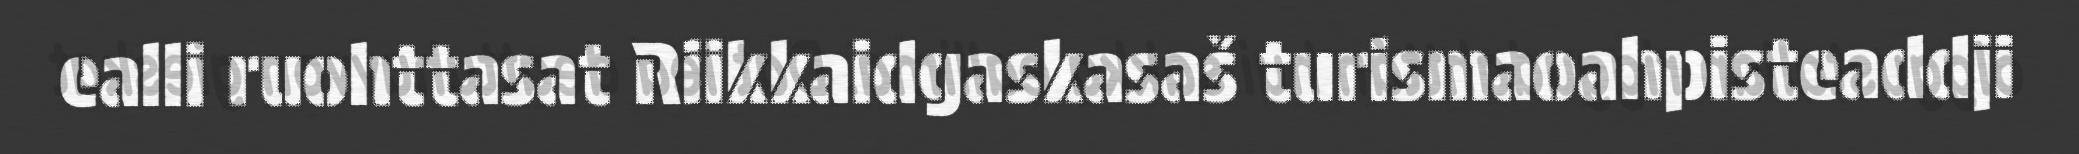
ealli ruohttasat Riikkaidgaskasaš turismaoahpisteaddji